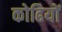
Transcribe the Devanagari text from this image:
कोढियों